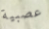
عصبية